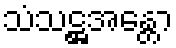
သံသဋ္ဌအန္တော